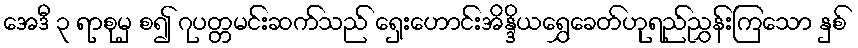
အေဒီ ၃ ရာစုမှ စ၍ ဂုပတ္တမင်းဆက်သည် ရှေးဟောင်းအိန္ဒိယရွှေခေတ်ဟုရည်ညွှန်းကြသော နှစ်